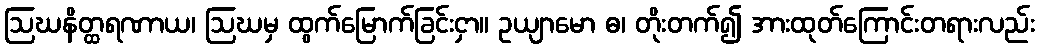
ဩဃနိတ္ထရဏာယ၊ ဩဃမှ ထွက်မြောက်ခြင်းငှာ။ ဥယျာမော ဓ၊ တိုးတက်၍ အားထုတ်ကြောင်းတရားလည်း